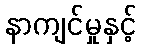
နာကျင်မှုနှင့်